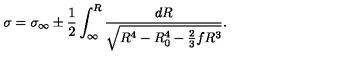
\sigma = \sigma _ { \infty } \pm \frac { 1 } { 2 } \int _ { \infty } ^ { R } \frac { d R } { \sqrt { R ^ { 4 } - R _ { 0 } ^ { 4 } - \frac { 2 } { 3 } f R ^ { 3 } } } .